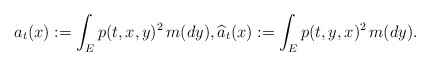
\begin{align*}a_t(x):=\int_E p(t,x,y)^2\,m(dy),\widehat{a}_t(x):=\int_E p(t,y,x)^2\,m(dy).\end{align*}